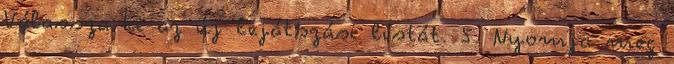
Válassza ki az új lejátszási listát. 5. Nyomja meg